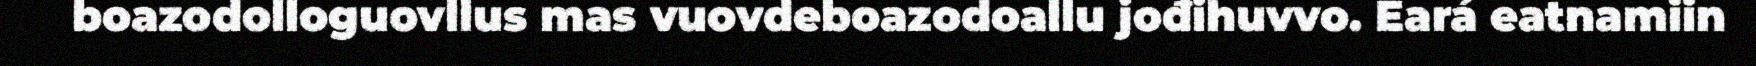
boazodolloguovllus mas vuovdeboazodoallu jođihuvvo. Eará eatnamiin